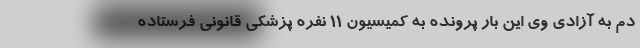
دم به آزادی وی این بار پرونده به کمیسیون ۱۱ نفره پزشکی قانونی فرستاده